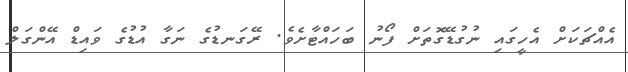
އެއްޗަކަށް އެހީގައި ނުގުޑޭގޮތަށް ފޯނު ބަހައްޓާށެވެ. ރޭގަނޑުގެ ނަގާ އުޑުގެ ވައިޑް އޭންގަލް